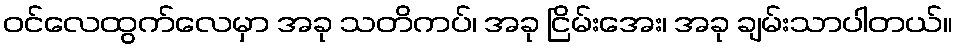
ဝင်လေထွက်လေမှာ အခု သတိကပ်၊ အခု ငြိမ်းအေး၊ အခု ချမ်းသာပါတယ်။